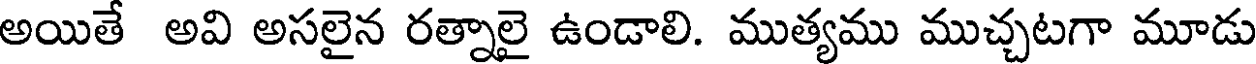
అయితే అవి అసలైన రత్నాలై ఉండాలి. ముత్యము ముచ్చటగా మూడు